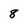
Character: 8